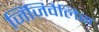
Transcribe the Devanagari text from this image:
जिंजिवैलिस